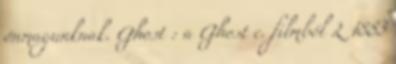
önmagunknak. Ghost : a Ghost c. filmből L 1883